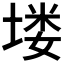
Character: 𪣻